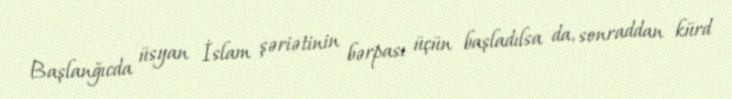
Başlanğıcda üsyan İslam şəriətinin bərpası üçün başladılsa da, sonraddan kürd